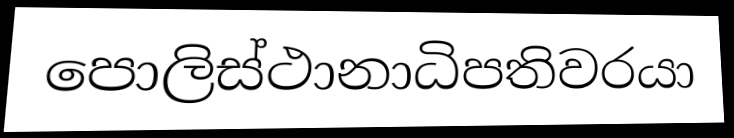
පොලිස්ථානාධිපතිවරයා